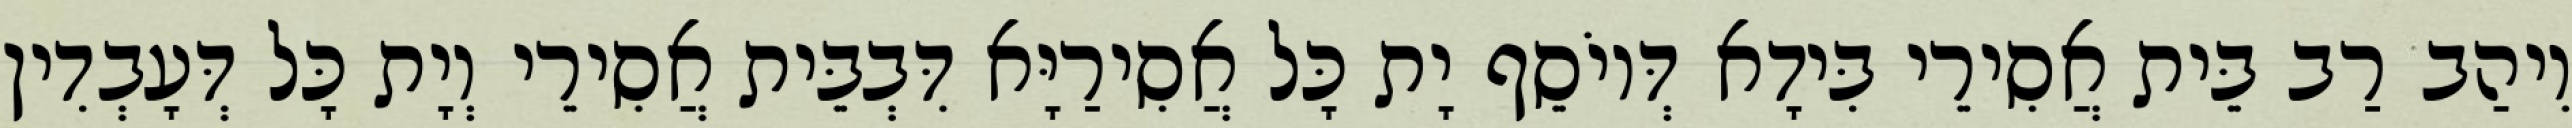
וִיהַב רַב בֵּית אֲסִירֵי בִּידָא דְּיוֹסֵף יָת כָּל אֲסִירַיָּא דִּבְבֵּית אֲסִירֵי וְיָת כָּל דְּעָבְדִין